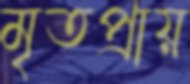
মৃতপ্রায়